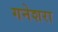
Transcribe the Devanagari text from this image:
गनेशरा